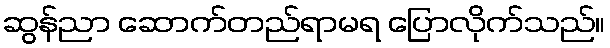
ဆွန်ညာ ဆောက်တည်ရာမရ ပြောလိုက်သည်။